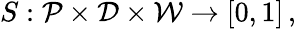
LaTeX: S:{\cal P}\times{\cal D}\times{\cal W}\rightarrow[0,1]\, ,